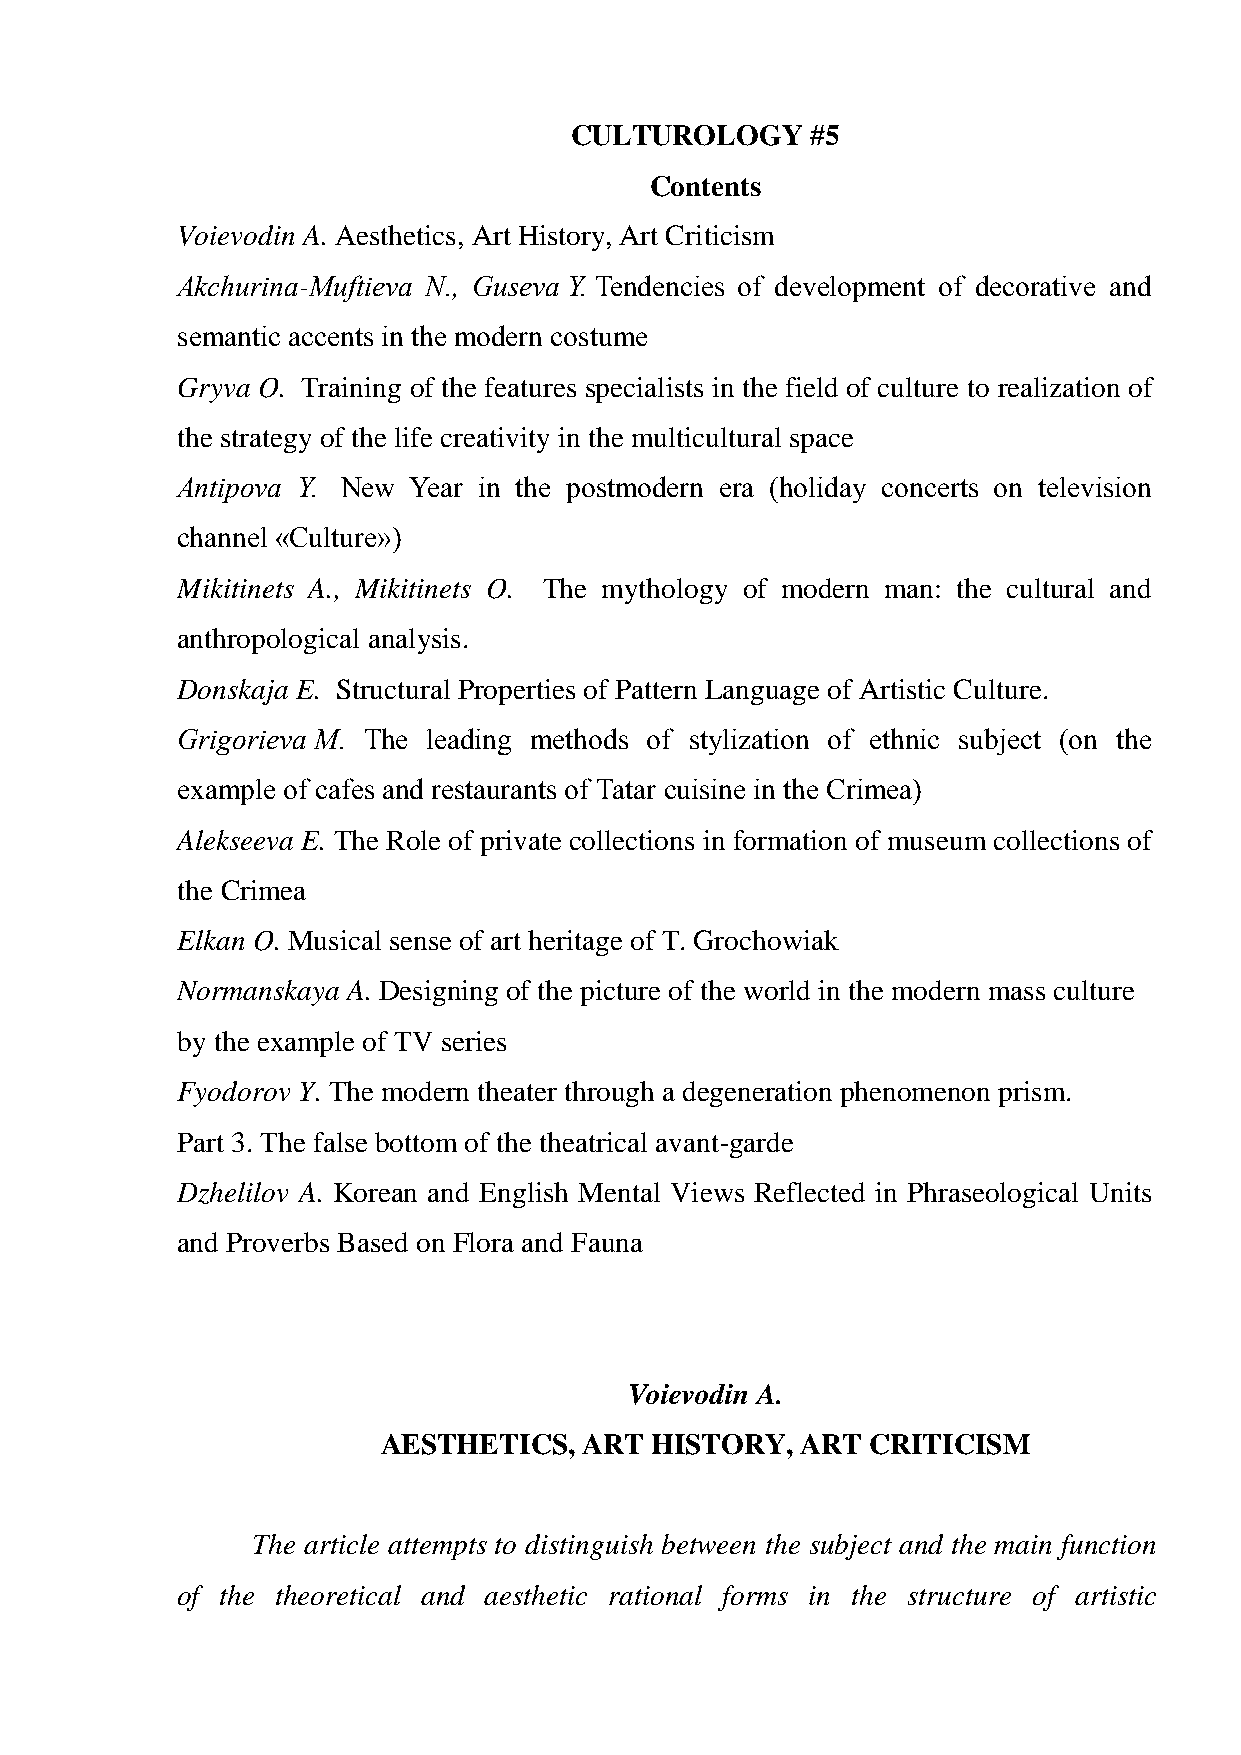
CULTUROLOGY     #5
 Contents
 Voievodin A. Aesthetics, Art History, Art Criticism
 Akchurina-Muftieva N., Guseva Y. Tendencies of development of decorative and
 semantic accents in the modern costume
 Gryva O. Training of the features specialists in the field of culture to realization of
 the strategy of the life creativity in the multicultural space
 Antipova Y. New Year in the postmodern era (holiday concerts on television
 channel «Culture»)
 Mikitinets A., Mikitinets O. The mythology of modern man: the cultural and
 anthropological analysis.
 Donskaja E. Structural Properties of Pattern Language of Artistic Culture.
 Grigorieva M. The leading methods of stylization of ethnic subject (on the
 example of cafes and restaurants of Tatar cuisine in the Crimea)
 Alekseeva E. The Role of private collections in formation of museum collections of
 the Crimea
 Elkan O. Musical sense of art heritage of T. Grochowiak
 Normanskaya A. Designing of the picture of the world in the modern mass culture
 by the example of TV series
 Fyodorov Y. The modern theater through a degeneration phenomenon prism.
 Part 3. The false bottom of the theatrical avant-garde
 Dzhelilov A. Korean and English Mental Views Reflected in Phraseological Units
 and Proverbs Based on Flora and Fauna
 Voievodin A.
 AESTHETICS,   ART HISTORY,  ART  CRITICISM
 The article attempts to distinguish between the subject and the main function
 of the theoretical and aesthetic rational forms in the structure of artistic